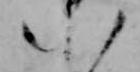
八